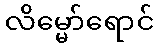
လိမ္မော်ရောင်